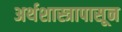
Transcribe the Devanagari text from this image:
अर्थशास्त्रापासून